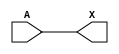
/*
 * Copyright 2020 The SkyWater PDK Authors
 *
 * Licensed under the Apache License, Version 2.0 (the "License");
 * you may not use this file except in compliance with the License.
 * You may obtain a copy of the License at
 *
 *     https://www.apache.org/licenses/LICENSE-2.0
 *
 * Unless required by applicable law or agreed to in writing, software
 * distributed under the License is distributed on an "AS IS" BASIS,
 * WITHOUT WARRANTIES OR CONDITIONS OF ANY KIND, either express or implied.
 * See the License for the specific language governing permissions and
 * limitations under the License.
 *
 * SPDX-License-Identifier: Apache-2.0
*/


`ifndef SKY130_FD_SC_MS__BUFBUF_BEHAVIORAL_V
`define SKY130_FD_SC_MS__BUFBUF_BEHAVIORAL_V

/**
 * bufbuf: Double buffer.
 *
 * Verilog simulation functional model.
 */

`timescale 1ns / 1ps
`default_nettype none

`celldefine
module sky130_fd_sc_ms__bufbuf (
    X,
    A
);

    // Module ports
    output X;
    input  A;

    // Module supplies
    supply1 VPWR;
    supply0 VGND;
    supply1 VPB ;
    supply0 VNB ;

    // Local signals
    wire buf0_out_X;

    //  Name  Output      Other arguments
    buf buf0 (buf0_out_X, A              );
    buf buf1 (X         , buf0_out_X     );

endmodule
`endcelldefine

`default_nettype wire
`endif  // SKY130_FD_SC_MS__BUFBUF_BEHAVIORAL_V